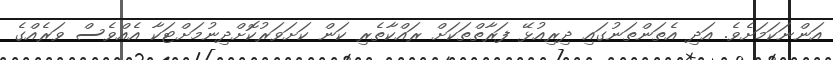
އަންނަކަމަށެވެ. އަދި އެތަންތަނުގައި ދިރިއުޅޭ ފަރާތްތަކަށް ރައްކާތެރި ކަން ކަށަވަރުކޮށްދިނުމަށްޓަކާ އެއްވެސް ވަރެއްގެ